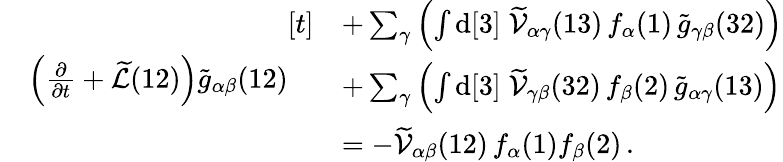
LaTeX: \begin{array}{rl}&{\left(\frac{\partial}{\partial t}+\widetilde{\mathcal{L}}(12)\right)\widetilde{g}_{\alpha\beta}(12)\begin{array}{rl}{[t]}&{+\sum_{\gamma}\left(\int\mathrm{d}[3]\; \widetilde{\mathcal{V}}_{\alpha\gamma}(13)\, f_{\alpha}(1)\, \widetilde{g}_{\gamma\beta}(32)\right)}\\ &{+\sum_{\gamma}\left(\int\mathrm{d}[3]\; \widetilde{\mathcal{V}}_{\gamma\beta}(32)\, f_{\beta}(2)\, \widetilde{g}_{\alpha\gamma}(13)\right)}\\ &{=-\widetilde{\mathcal{V}}_{\alpha\beta}(12)\, f_{\alpha}(1)f_{\beta}(2)\, .}\end{array}}\end{array}